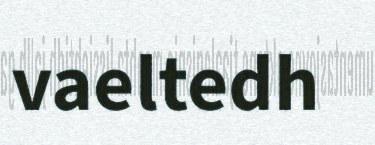
vaeltedh